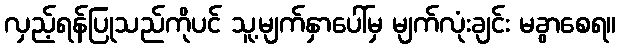
လှည့်ရန်ပြုသည်ကိုပင် သူ့မျက်နှာပေါ်မှ မျက်လုံးချင်း မခွာစေရ။